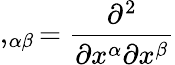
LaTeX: ,_{\alpha\beta}={\frac{\partial^{2}}{\partial x^{\alpha}\partial x^{\beta}}}